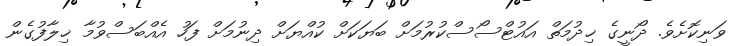
ވަނިކޮށެވެ. ދޯނީގެ ޚިދުމަތް އައުޓްސޯސްކުރުމަށް ބަޔަކަށް ކުއްޔަށް ދިނުމަށް ފަހު އެއްބަސްވުމާ ޚިލާފުގެން